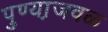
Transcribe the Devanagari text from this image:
पुण्या़जवळ